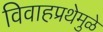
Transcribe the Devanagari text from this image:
विवाहप्रथेमुळे